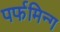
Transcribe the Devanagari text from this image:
पर्फमिन्ग